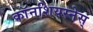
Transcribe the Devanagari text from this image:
काॅनशियस्नेस्